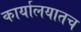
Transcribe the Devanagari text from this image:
कार्यालयातच